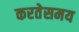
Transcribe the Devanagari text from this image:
करतेसमय